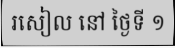
រសៀល នៅ ថ្ងៃទី ១